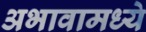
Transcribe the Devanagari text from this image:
अभावामध्ये